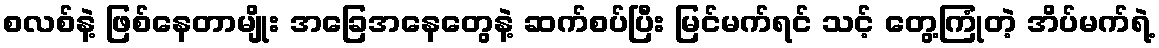
စလစ်နဲ့ ဖြစ်နေတာမျိုး အခြေအနေတွေနဲ့ ဆက်စပ်ပြီး မြင်မက်ရင် သင့် တွေ့ကြုံတဲ့ အိပ်မက်ရဲ့